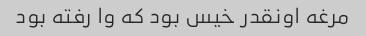
مرغه اونقدر خیس بود که وا رفته بود